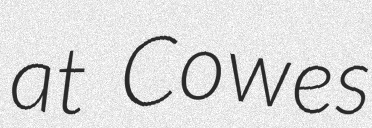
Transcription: at Cowes